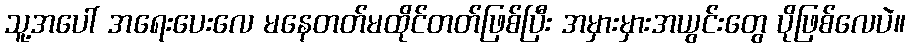
သူ့အပေါ် အရေးပေးလေ မနေတတ်မထိုင်တတ်ဖြစ်ပြီး အမှားမှားအယွင်းတွေ ပိုဖြစ်လေပဲ။